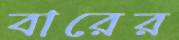
বারের